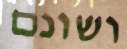
ושונם